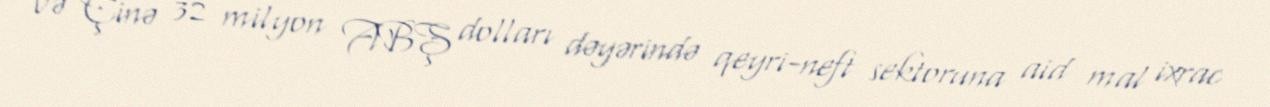
və Çinə 32 milyon ABŞ dolları dəyərində qeyri-neft sektoruna aid mal ixrac